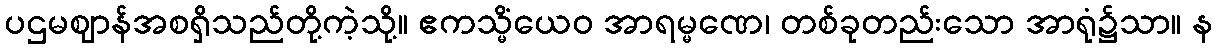
ပဌမဈာန်အစရှိသည်တို့ကဲ့သို့။ ဧကသ္မိံယေဝ အာရမ္မဏေ၊ တစ်ခုတည်းသော အာရုံ၌သာ။ န